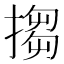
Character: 搊